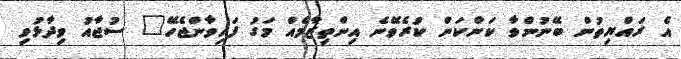
އެ ރައްޔިތުން ބޭނުންވާ ކަންކަން ކުރެވޭނެ އިންތިޒާމެއް މަގު ފަހިވާންޖެހޭ" ސުޖާއު ވިދާޅުވި